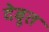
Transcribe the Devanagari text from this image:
देबूत